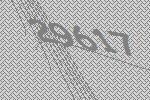
29617